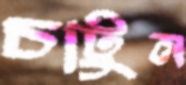
চাটুন